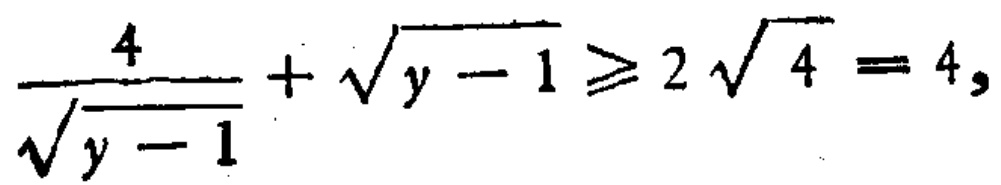
$\frac{4}{\sqrt{y - 1}}+\sqrt{y - 1}\geqslant2\sqrt{4}=4,$